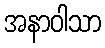
အနာဝါသာ